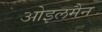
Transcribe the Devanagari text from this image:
ओइलमैन